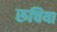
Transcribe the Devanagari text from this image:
रुचिया